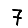
Digit: 7